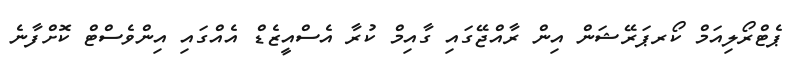
ޕެޓްރޯލިއަމް ކޯރޕަރޭޝަން އިން ރާއްޖޭގައި ގާއިމް ކުރާ އެސްއީޒެޑް އެއްގައި އިންވެސްޓް ކޮށްފާނެ